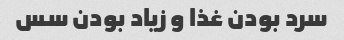
سرد بودن غذا و زیاد بودن سس